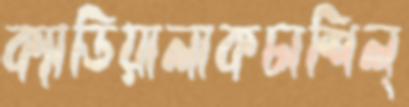
ক্যাডিয়ালাকচাশিল্